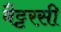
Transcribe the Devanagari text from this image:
बैट्टरसी